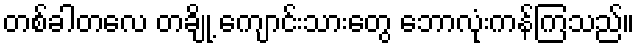
တစ်ခါတလေ တချို့ ကျောင်းသားတွေ ဘောလုံးကန်ကြသည်။